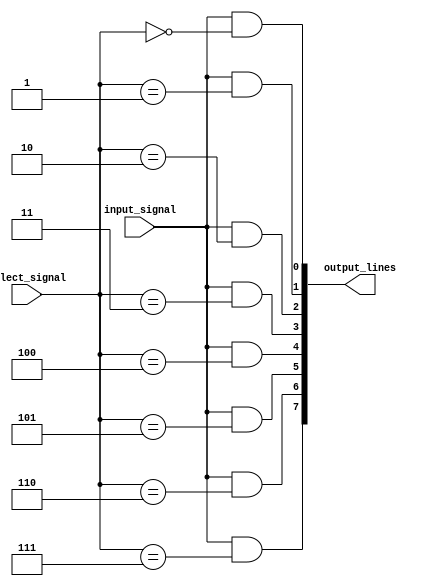
module demux_1to8 (
    input input_signal,
    input [2:0] select_signal,
    output [7:0] output_lines
);

assign output_lines[0] = input_signal & (select_signal == 3'b000);
assign output_lines[1] = input_signal & (select_signal == 3'b001);
assign output_lines[2] = input_signal & (select_signal == 3'b010);
assign output_lines[3] = input_signal & (select_signal == 3'b011);
assign output_lines[4] = input_signal & (select_signal == 3'b100);
assign output_lines[5] = input_signal & (select_signal == 3'b101);
assign output_lines[6] = input_signal & (select_signal == 3'b110);
assign output_lines[7] = input_signal & (select_signal == 3'b111);

endmodule